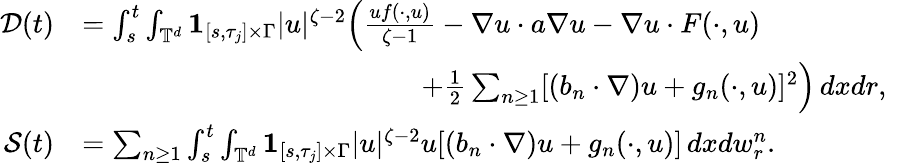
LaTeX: \begin{array}{rlr}{\mathcal{D}(t)}&{=\int_{s}^{t}\int_{{\mathbb T}^{d}}{{\mathbf 1}}_{[s,\tau_{j}]\times\Gamma}|u|^{\zeta-2}\Big(\frac{uf(\cdot,u)}{\zeta-1}-\nabla u\cdot a\nabla u-\nabla u\cdot F(\cdot,u)}\\ &{\qquad\qquad\qquad\qquad\qquad\qquad+\frac 12\sum_{n\geq 1}[(b_{n}\cdot\nabla)u+g_{n}(\cdot,u)]^{2}\Big)\, dxdr,}&\\ {\mathcal{S}(t)}&{=\sum_{n\geq 1}\int_{s}^{t}\int_{{\mathbb T}^{d}}{{\mathbf 1}}_{[s,\tau_{j}]\times\Gamma}|u|^{\zeta-2}u[(b_{n}\cdot\nabla)u+g_{n}(\cdot,u)]\, dxdw_{r}^{n}.}\end{array}